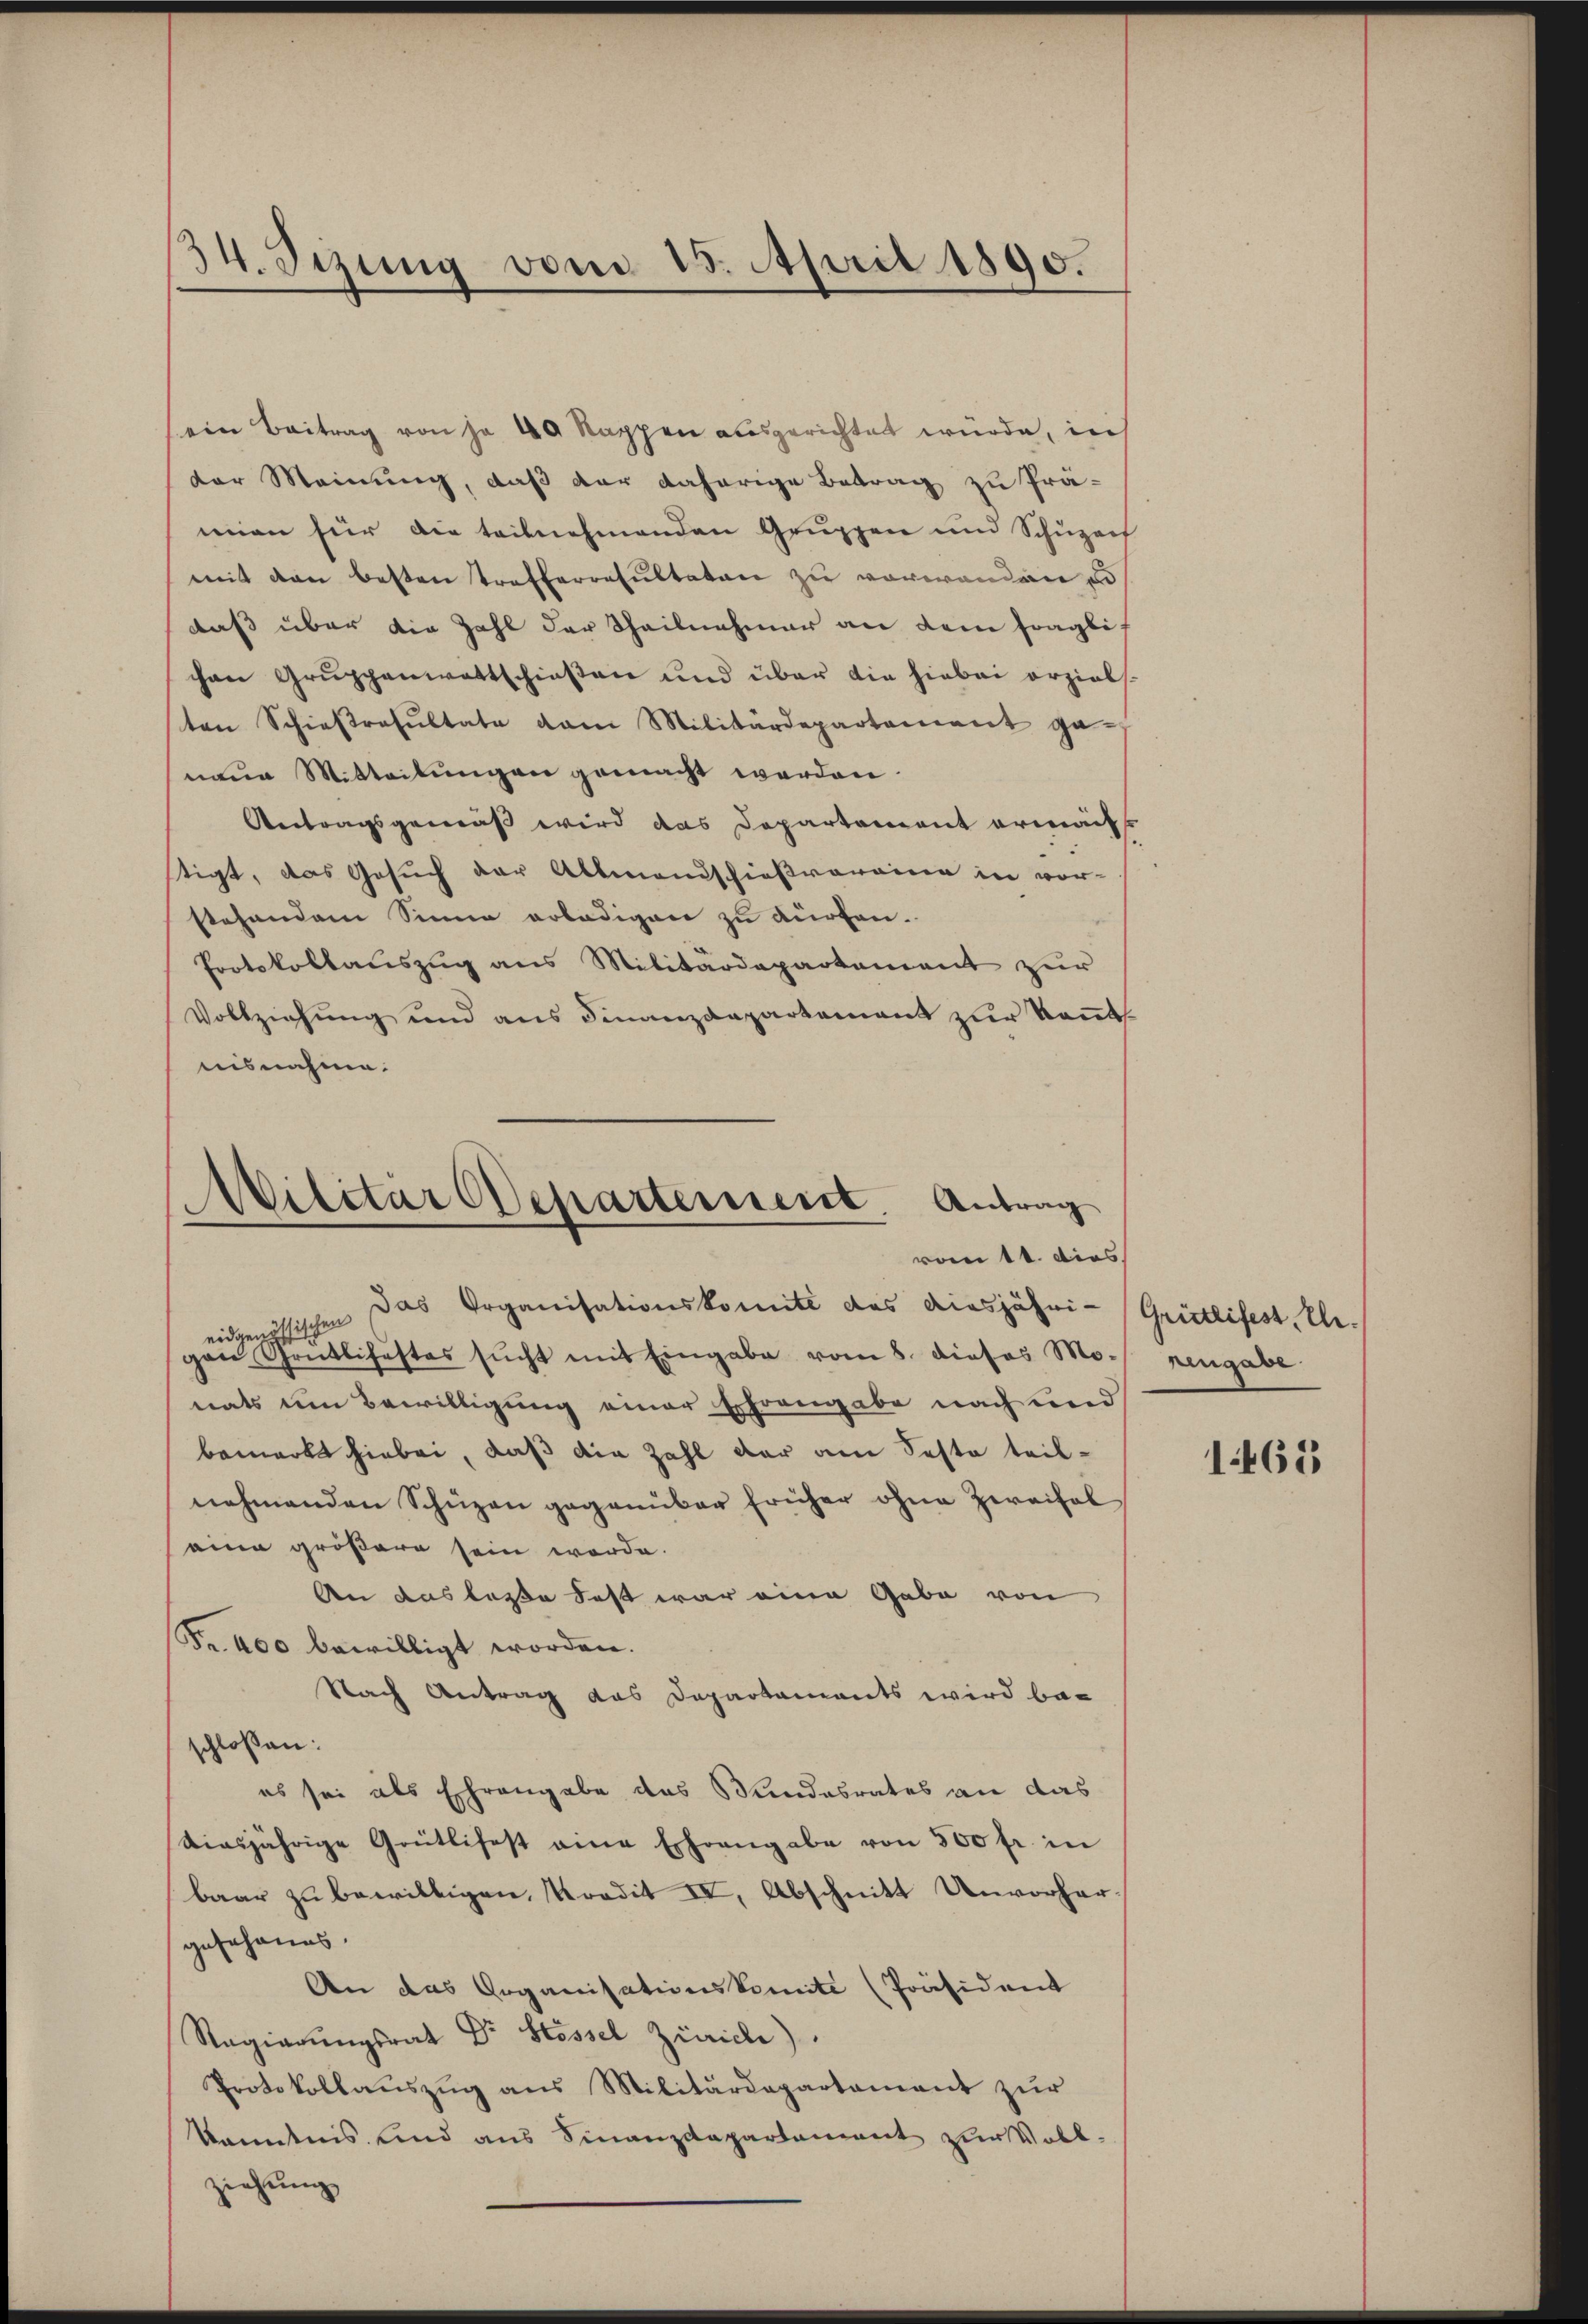
34. Setzung vom 15. April 1890.

ein Beitrag von je 40 Rappen ausgerichtet würde, in
der Meinung, daß der daherige Betrag zu Prä-
mien für die teilnehmenden Gruppen und Schuzer
mit den besten trefferresultaten zu vorwandere u
daß über die Zahl der Theilnahmer an dem fragli
chen Gruppenwettschießen und über die hiebei erziels.
ten Schiestresultate am Militärdepartement ga
naue Mitteilungen gemacht werden.
Vertragsgemäß wird das Departement ermächt
tigt, das Gesuch der Altmandschießvereine in vor-
stehendem Sinne erledigen zu dürfen.
Protokollauszug aus Militärdepartement zur
Vollziehung und aus Finanzdepartement zur Kant
nisnahme.

Wilitar Departement. Antrag
vom 11. dies

Das Organisationskomité des diesjähri-
eidgenössischen
gen Grütlihestes sŭcht mit Eingabe vom 8. dieses Mo- hengabe
nats um Bewilligung einer Ehrengabe nach und
bemerkt hiebei, daß die Zahl der am Sesto teilnehmenden Schüzen gegenüber früher ohne Zweifel
eine größere sein werde.
An das lasse Fest war eine Gabe von
Fr. 400 bewilligt worden.
Nach Antrag das Departaments wird be-
chloßen:
es sei als Ehrengabe das Kundesrates an das
diesjährige Grütlifest eine Ehrengabe von 300 fr. in
baar zu bewilligen, Kredit IV, Abschnitt Unvorhergesehenes.
An das Organisationskomite Präsident
Ragierŭngsrat Dr Stössel Zürich)
Protokollauszug aus Militärdepartement zur
kanntnis und aus Finanzdepartement zur Vollziehung

Grütlifest Ch.

1465